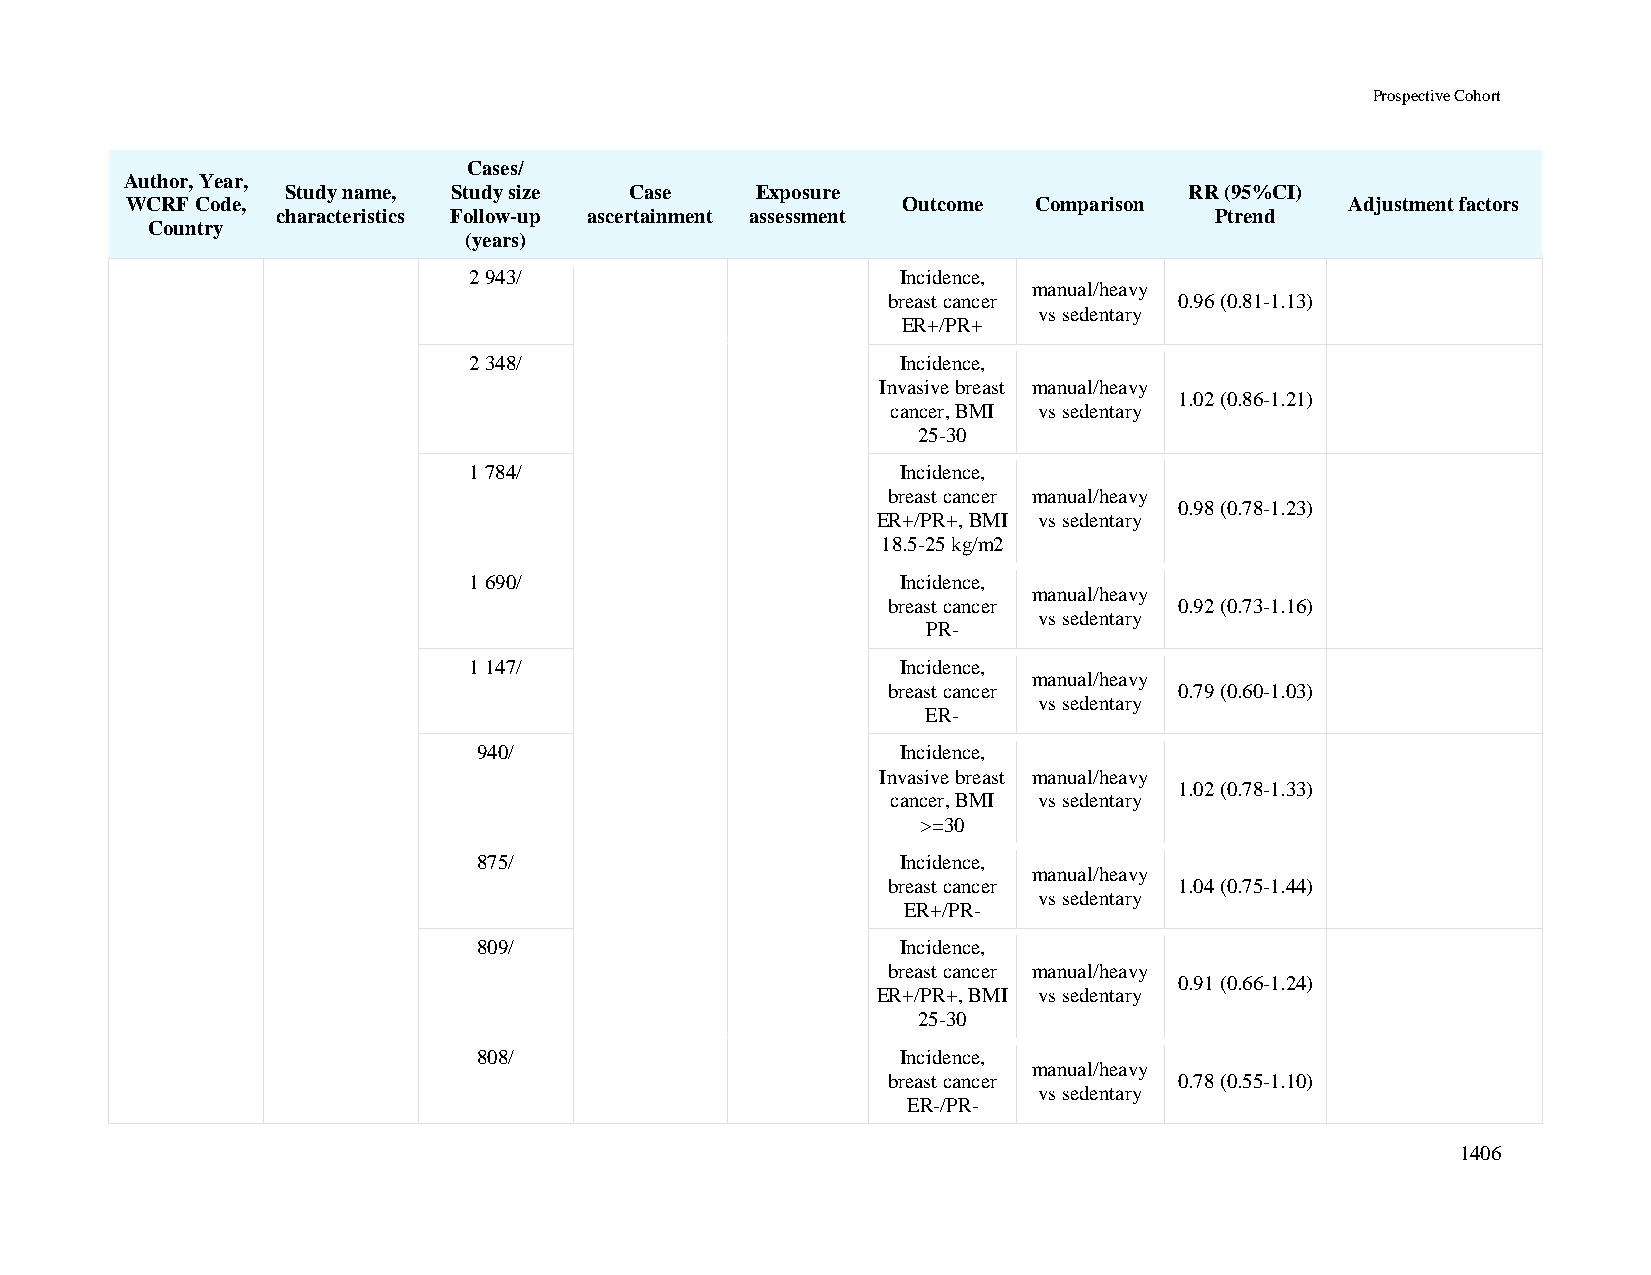
Prospective Cohort
 Cases/
 Author, Year,
 Study name, Study size Case    Exposure                     RR (95%CI)
 WCRF Code,                                          Outcome Comparison           Adjustment factors
 characteristics Follow-up ascertainment assessment            Ptrend
 Country
 (years)
 2 943/                       Incidence,
 manual/heavy
 breast cancer      0.96 (0.81-1.13)
 vs sedentary
 ER+/PR+
 2 348/                       Incidence,
 Invasive breast manual/heavy
 1.02 (0.86-1.21)
 cancer, BMI vs sedentary
 25-30
 1 784/                       Incidence,
 breast cancer manual/heavy
 0.98 (0.78-1.23)
 ER+/PR+, BMI vs sedentary
 18.5-25 kg/m2
 1 690/                       Incidence,
 manual/heavy
 breast cancer      0.92 (0.73-1.16)
 vs sedentary
 PR-
 1 147/                       Incidence,
 manual/heavy
 breast cancer      0.79 (0.60-1.03)
 vs sedentary
 ER-
 940/                        Incidence,
 Invasive breast manual/heavy
 1.02 (0.78-1.33)
 cancer, BMI vs sedentary
 >=30
 875/                        Incidence,
 manual/heavy
 breast cancer      1.04 (0.75-1.44)
 vs sedentary
 ER+/PR-
 809/                        Incidence,
 breast cancer manual/heavy
 0.91 (0.66-1.24)
 ER+/PR+, BMI vs sedentary
 25-30
 808/                        Incidence,
 manual/heavy
 breast cancer      0.78 (0.55-1.10)
 vs sedentary
 ER-/PR-
 1406